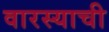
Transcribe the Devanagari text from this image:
वारस्याची